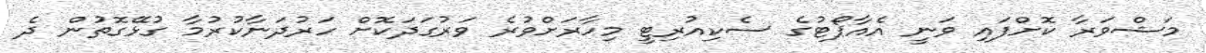
މަޝްވަރާ ކޮށްފައި ވަނީ އެއާޕޯޓުގެ ސެކިއުރިޓީ މިހާރަށްވުރެ ވަރުގަދަކޮށް ހަރުދަނާކުރުމާ ގުޅޭގޮތުން ދެ